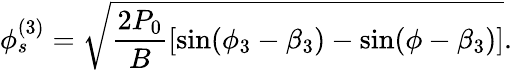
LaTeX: \phi_{s}^{(3)}=\sqrt{\frac{2P_{0}}{B}[\sin(\phi_{3}-\beta_{3})-\sin(\phi-\beta_{3})]}.